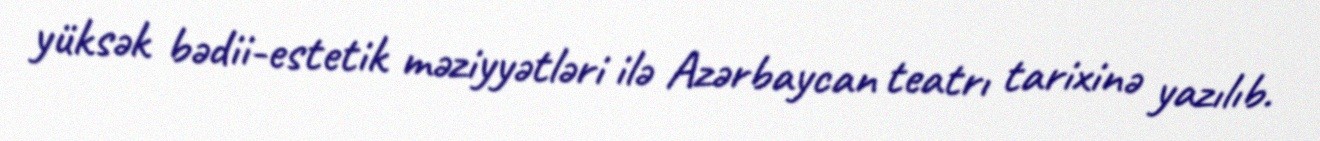
yüksək bədii-estetik məziyyətləri ilə Azərbaycan teatrı tarixinə yazılıb.